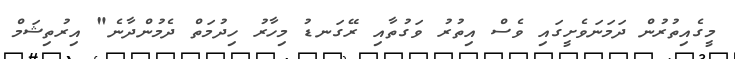
މީގެއިތުރުން ދަމަނަވެށީގައި ވެސް އިތުރު ވަގުތާއި ރޭގަނޑު މިހާރު ހިދުމަތް ދެމުންދާނެ" އިރުތިޝަމް